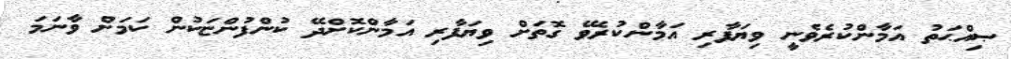
ޞިއްޙަތު އަމާންކުރެވެނީ ވިޔަފާރި އަމާންކުރެވޭ ގޮތަށް ވިޔަފާރި އަމާންކޮށްދޭ ކުންފުންޏަކުން ކަމަށް ވާނަމަ